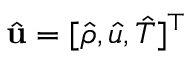
\hat { \mathbf { u } } = [ \hat { \rho } , \hat { u } , \hat { T } ] ^ { \top }